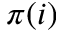
\pi ( i )